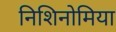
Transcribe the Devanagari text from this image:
निशिनोमिया